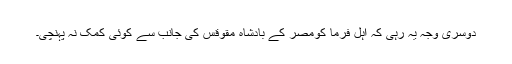
دوسری وجہ یہ رہی کہ اہل فرما کومصر کے بادشاہ مقوقس کی جانب سے کوئی کمک نہ پہنچی۔